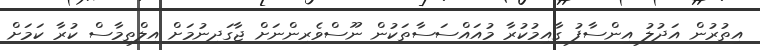
އިތުރުން އަދުލު އިންސާފު ގާއިމުކުރާ މުއައްސަސާތަކުން ނޫސްވެރިންނަށް ޖާގަދިނުމަށް އިލްތިމާސް ކުރާ ކަމަށް